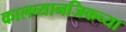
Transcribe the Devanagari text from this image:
कालव्यानजिकच्या